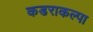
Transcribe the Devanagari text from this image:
कडराकल्पा